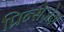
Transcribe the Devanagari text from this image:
प्रिन्सेज़ेज़